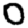
Digit: 0